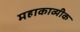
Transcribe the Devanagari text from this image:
महाकाव्यीक